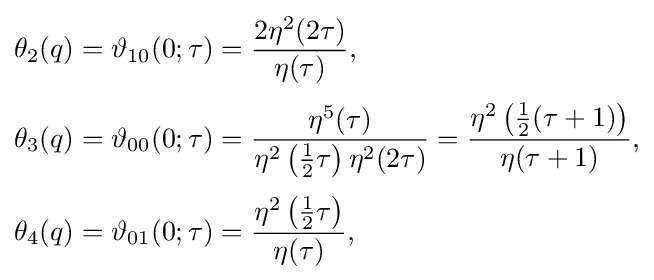
{\begin{aligned}\theta _{2}(q)=\vartheta _{10}(0;\tau )&={\frac {2\eta ^{2}(2\tau )}{\eta (\tau )}},\\[3pt]\theta _{3}(q)=\vartheta _{00}(0;\tau )&={\frac {\eta ^{5}(\tau )}{\eta ^{2}\left({\frac {1}{2}}\tau \right)\eta ^{2}(2\tau )}}={\frac {\eta ^{2}\left({\frac {1}{2}}(\tau +1)\right)}{\eta (\tau +1)}},\\[3pt]\theta _{4}(q)=\vartheta _{01}(0;\tau )&={\frac {\eta ^{2}\left({\frac {1}{2}}\tau \right)}{\eta (\tau )}},\end{aligned}}